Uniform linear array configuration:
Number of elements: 24
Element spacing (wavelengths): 1
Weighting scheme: cosine
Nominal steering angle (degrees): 0
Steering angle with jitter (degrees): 0.2233
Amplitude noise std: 0.05
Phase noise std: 0.05

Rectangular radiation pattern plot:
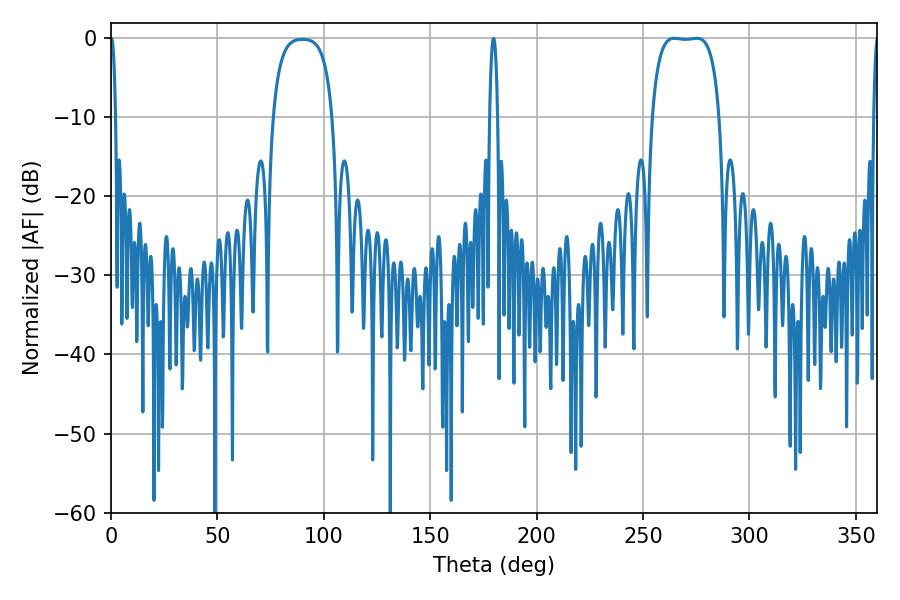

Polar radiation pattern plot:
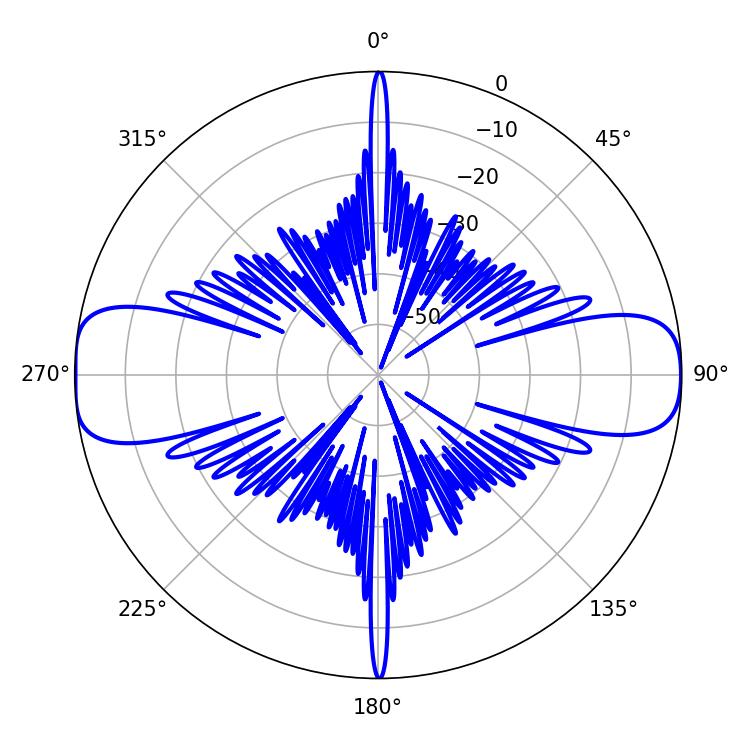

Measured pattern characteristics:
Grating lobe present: TRUE
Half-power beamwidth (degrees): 24.84
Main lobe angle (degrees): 264.78